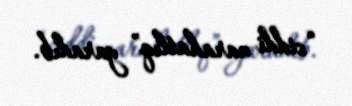
“ciddi narahatlıq” yaradıb.